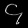
Digit: ၄